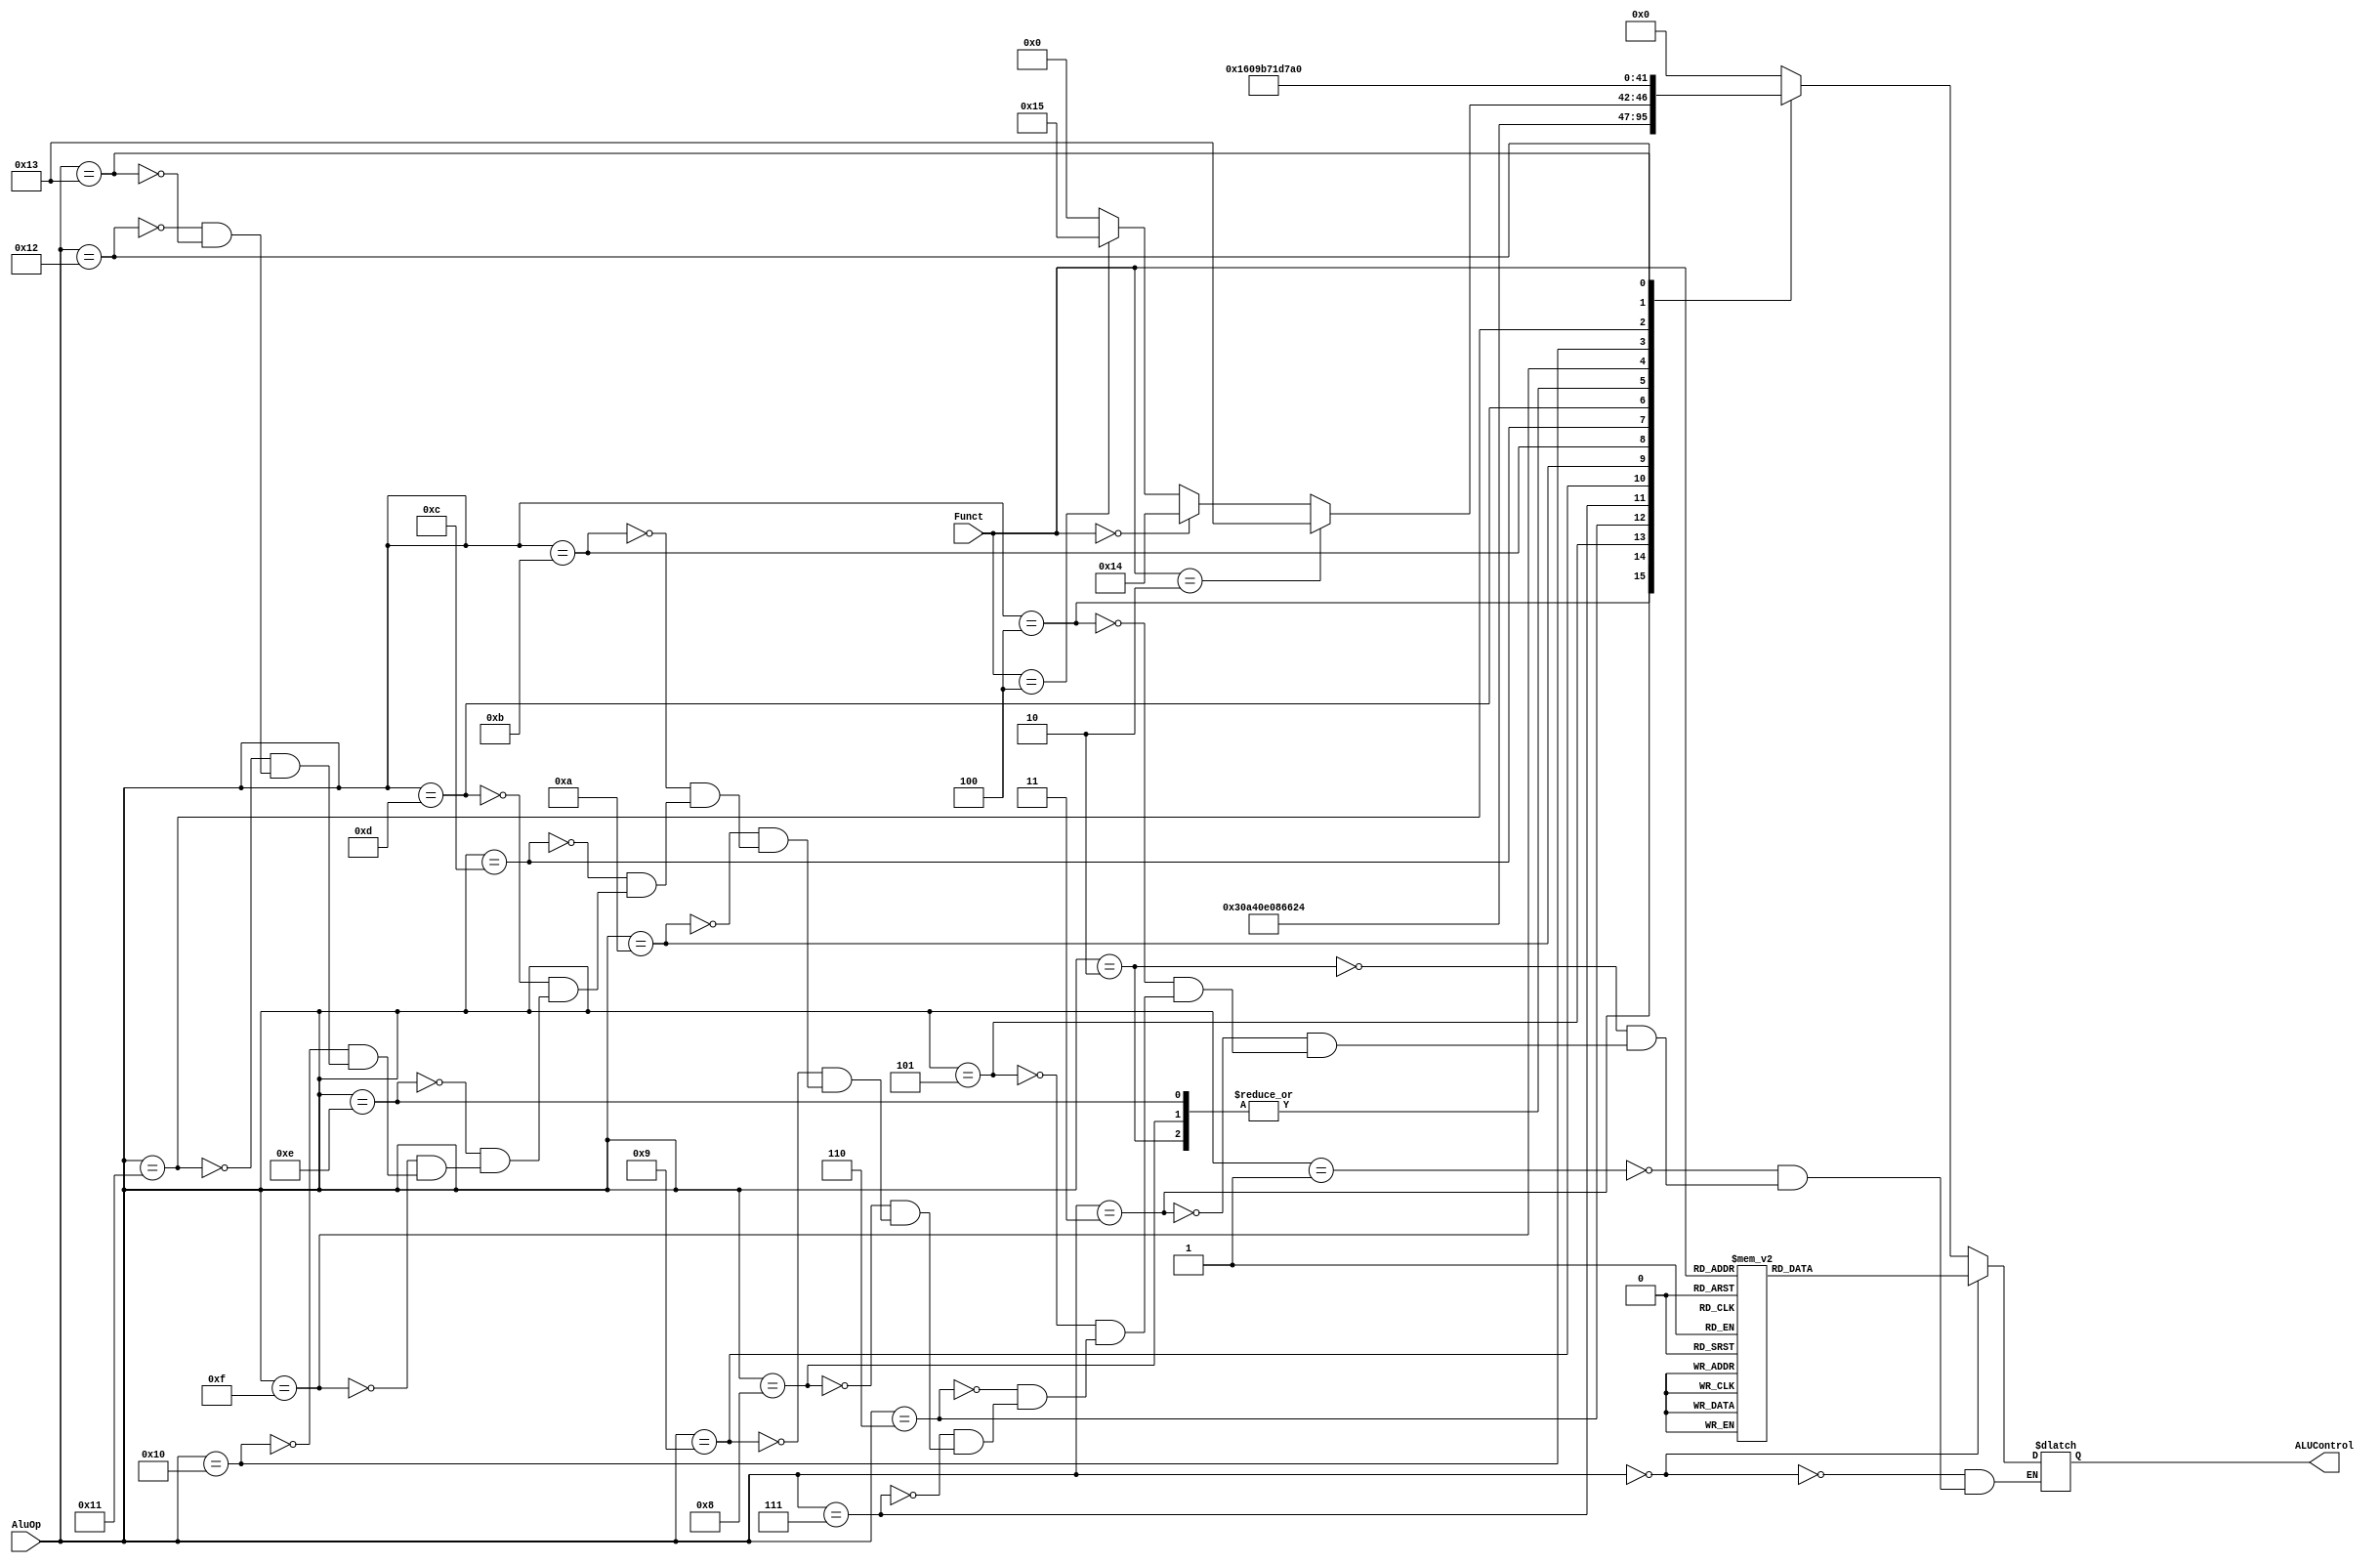
`timescale 1ns / 1ps

module ALU_Controller(AluOp, Funct, ALUControl);

    input [4:0] AluOp;           // 5 bit AluOp code sent from controller 
    input [5:0] Funct;           // 6 bit Instruction function field
    
    output reg [5:0] ALUControl; // 6 bit output control signal sent to ALU
    
    //Controller AluOp 5 bit inputs (also are the state encodings)
    localparam [4:0] ALUOP_DC 		= 'b00000, // DONT CARE
                     ALUOP_ADDI 	= 'b00001, // ADD IMMEDIATE
                     ALUOP_SUBI 	= 'b00010, // SUB IMMEDIATE
                     ALUOP_ORI 		= 'b00011, // OR IMMEDIATE
                     ALUOP_ANDI 	= 'b00100, // AND IMMEDIATE (LW & SW TOO)
                     ALUOP_XORI 	= 'b00101, // XOR IMMEDIATE
                     ALUOP_NORI 	= 'b00110, // NOR IMMDEIATE
                     ALUOP_ADDUI 	= 'b00111, // ADDU IMMEDIATE
                     ALUOP_SUBUI 	= 'b01000, // SUBU IMMEDIATE
                     ALUOP_MULTUI 	= 'b01001, // MULTU IMMDEDIATE
                     ALUOP_SLTI 	= 'b01010, // SLT IMMEDIATE
                     ALUOP_SLTIU 	= 'b01011, // SLTU IMMEDIATE
                     ALUOP_MUL		= 'b01100, // ALL MULTIPLY OPERATIONS
                     ALUOP_SE 		= 'b01101, // SIGN EXTEND OPERATIONS
                     ALUOP_BEQ      = 'b01110, // BEQ
                     ALUOP_BNE      = 'b01111, // BNE
                     ALUOP_BLTZ_BGEZ= 'b10000, // BGEZ
                     ALUOP_BGTZ     = 'b10001, // BGTZ
                     ALUOP_BLEZ     = 'b10010, // BLEZ
                     ALUOP_LUI      = 'b10011; // LUI
    				 
    //Instruction Function code 6 bit input definitions
    //---------------Dont Care FUNCTION FIELDS                
    localparam [5:0] FC_add  	=  'b100000,	// add
                     FC_addu 	=  'b100001,	// addu
                     FC_sub  	=  'b100010,	// sub
                     FC_mult 	=  'b011000,	// mult
                     FC_multu	=  'b011001,	// multu
                     FC_and  	=  'b100100,	// and
                     FC_or   	=  'b100101,	// or
                     FC_nor  	=  'b100111,	// nor
                     FC_xor  	=  'b100110,	// xor
                     FC_sll  	=  'b000000,	// sll
                     FC_srl  	=  'b000010,	// srl
                     FC_sllv 	=  'b000100,	// sllv
                     FC_slt  	=  'b101010,	// slt
                     FC_movn 	=  'b001011,  	// movn
                     FC_movz 	=  'b001010,  	// movz
                     FC_srlv 	=  'b000110,  	// rotrv
                     FC_sra  	=  'b000011,  	// sra
                     FC_srav 	=  'b000111,  	// srav
                     FC_sltu 	=  'b101011,  	// sltu
                     FC_mul  	=  'b000010,  	// mul
                     FC_madd 	=  'b000000,  	// madd
                     FC_msub 	=  'b000100,  	// msub
                     FC_mfhi 	=  'b010000, 	// mfhi
                     FC_mflo 	=  'b010010, 	// mflo
                     FC_mthi 	=  'b010001, 	// mthi
                     FC_mtlo 	=  'b010011, 	// mtlo
                     FC_jr      =  'b001000;    // jr                
     
     //ALU control 6 bit output definitions                
    localparam [5:0] ADD        = 'b000000, // ADD  	 | 00000
                     ADDU       = 'b000001, // ADDU     | 00001
                     SUB        = 'b000010, // SUB      | 00010
                     MULT       = 'b000011, // MULT     | 00011
                     MULTU      = 'b000100, // MULTU    | 00100
                     AND        = 'b000101, // AND      | 00101
                     OR         = 'b000110, // OR       | 00110
                     NOR        = 'b000111, // NOR      | 00111
                     XOR        = 'b001000, // XOR      | 01000
                     SLL        = 'b001001, // SLL      | 01001
                     SRL        = 'b001010, // SRL      | 01010
                     SLLV       = 'b001011, // SLLV     | 01011
                     SLT        = 'b001100, // SLT      | 01100
                     MOVN       = 'b001101, // MOVN     | 01101
                     MOVZ       = 'b001110, // MOVZ     | 01110
                     SRLV       = 'b001111, // ROTRV    | 01111
                     SRA        = 'b010000, // SRA      | 10000
                     SRAV       = 'b010001, // SRAV     | 10001
                     SLTU       = 'b010010, // SLTU     | 10010
                     MUL        = 'b010011, // MUL      | 10011
                     MADD       = 'b010100, // MADD     | 10100
                     MSUB       = 'b010101, // MSUB     | 10101
                     SE         = 'b010110, // SEH_SEB  | 10110
                     MFHI       = 'b010111, // MFHI     | 10111
                     MFLO       = 'b011000, // MFLO     | 11000
                     MTHI       = 'b011001, // MTHI     | 11001
                     MTLO       = 'b011010, // MTLO     | 11010
                     EQ         = 'b011011, // BNE      | 11011
                     BLTZ_BGEZ  = 'b011100, // BLTZ_BGEZ     | 11100
                     BGTZ       = 'b011101, // BGTZ     | 11101
                     BLEZ       = 'b011110, // BLEZ     | 11110
                     JR         = 'b011111, // JR       |011111
                     LUI        = 'b100000; // LUI

    always @(*) begin
        if(AluOp == ALUOP_DC) begin //If its a dont care then function code is checked
            case(Funct)
                FC_add: begin  //add
                    ALUControl <= ADD;
                end
                FC_addu: begin  //addu
                    ALUControl <= ADDU;
                end
                FC_sub: begin  //sub
                    ALUControl <= SUB;
                end
                FC_mult: begin  //mult
                    ALUControl <= MULT;
                end
                FC_multu: begin  //multu
                    ALUControl <= MULTU;
                end
                FC_and: begin  //and
                    ALUControl <= AND;
                end
                FC_or: begin  //or
                    ALUControl <= OR;
                end
                FC_nor: begin  //nor
                    ALUControl <= NOR;
                end
                FC_xor: begin  //xor
                    ALUControl <= XOR;
                end
                FC_sll: begin  //sll
                    ALUControl <= SLL;
                end
                FC_srl: begin  //srl
                    ALUControl <= SRL;
                end
                FC_sllv: begin  //sllv
                    ALUControl <= SLLV;
                end
                FC_slt: begin  //slt
                    ALUControl <= SLT;
                end
                FC_movn: begin  //movn
                    ALUControl <= MOVN;
                end
                FC_movz: begin  //movz
                    ALUControl <= MOVZ;
                end
                FC_srlv: begin  //rotrv
                    ALUControl <= SRLV;
                end
                FC_sra: begin  //sra
                    ALUControl <= SRA;
                end
                FC_srav: begin  //srav
                    ALUControl <= SRAV;
                end
                FC_sltu: begin  //sltu
                    ALUControl <= SLTU;
                end
                FC_mfhi: begin  // mfhi
                    ALUControl <= MFHI;
                end
                FC_mflo: begin  // mflo
                    ALUControl <= MFLO;
                end
                FC_mthi: begin  // mthi
                    ALUControl <= MTHI;
                end
                FC_mtlo: begin  // mtlo
                    ALUControl <= MTLO;
                end
                FC_jr: begin // jr
                    ALUControl <= JR;
                end 
                default: begin
                    ALUControl <= ADD;
                end
            endcase
        end else begin //All immediate and non-dc operations are below
            case(AluOp) //First Check AluOp Code
                ALUOP_ADDI: begin
                    ALUControl <= ADD;
                end
                ALUOP_SUBI: begin
                    ALUControl <= SUB;
                end
                ALUOP_ORI: begin
                    ALUControl <= OR;
                end
                ALUOP_ANDI: begin
                    ALUControl <= AND;
                end
                ALUOP_XORI: begin
                    ALUControl <= XOR;
                end
                ALUOP_NORI: begin
                    ALUControl <= NOR;
                end
                ALUOP_ADDUI: begin
                    ALUControl <= ADDU;
                end
                ALUOP_SUBUI: begin
                    ALUControl <= SUB;
                end
                ALUOP_MULTUI: begin
                    ALUControl <= MULT;
                end
                ALUOP_SLTI: begin
                    ALUControl <= SLT;
                end
                ALUOP_SLTIU: begin
                    ALUControl <= SLTU;
                end
                ALUOP_MUL: begin
                    if(Funct == FC_mul) begin
                    	ALUControl <= MUL;
                    end
                    else if(Funct == FC_madd) begin
                    	ALUControl <= MADD;
                    end
                    else if(Funct == FC_msub) begin
                        ALUControl <= MSUB;
                    end
                    else begin
                        ALUControl <= ADD;
                    end
                end
                ALUOP_SE: begin
                    ALUControl <= SE;
                end
                ALUOP_BEQ: begin
                    ALUControl <= SUB;
                end
                ALUOP_BNE: begin
                    ALUControl <= EQ;
                end
                ALUOP_BLTZ_BGEZ: begin // BGEZ
                    ALUControl <= BLTZ_BGEZ;
                end
                ALUOP_BGTZ: begin // BGTZ
                    ALUControl <= BGTZ;
                end
                ALUOP_BLEZ: begin // BLEZ
                    ALUControl <= BLEZ;
                end
                ALUOP_LUI: begin // LUI
                    ALUControl <= LUI;
                end
            endcase
        end 
    end
endmodule